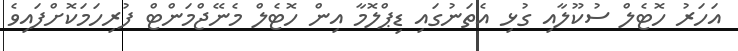
އަހަރު ހޮޓެލް ސުކޫލާއި ގުޅި އެތަނުގައި ޑިޕްލޮމާ އިން ހޮޓެލް މެނޭޖްމަންޓް ފުރިހަަމަކޮށްފައިވެ